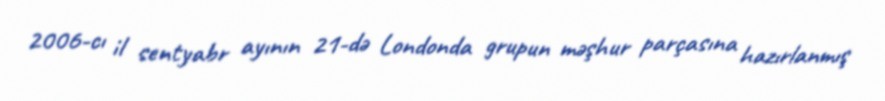
2006-cı il sentyabr ayının 21-də Londonda grupun məşhur parçasına hazırlanmış